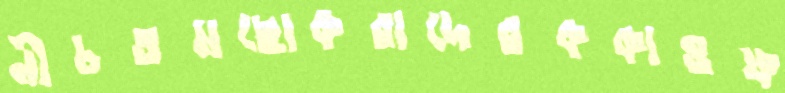
নীচতমছোকরাদেরককাওফ